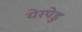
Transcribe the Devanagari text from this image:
येरपेडु